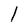
Character: l